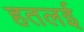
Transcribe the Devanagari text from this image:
हतलई